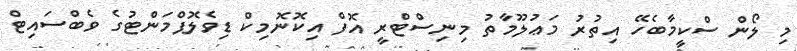
މި ލޯން ސްކީމާބެހޭ އިތުރު މަޢުލޫމާތު މިނިސްޓްރީ އޮފް އިކޮނޮމިކް ޑިވެލޮޕްމަންޓުގެ ވެބްސައިޓް